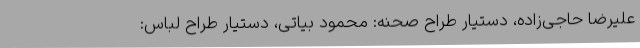
علیرضا حاجی‌زاده، دستیار طراح صحنه: محمود بیاتی، دستیار طراح لباس: